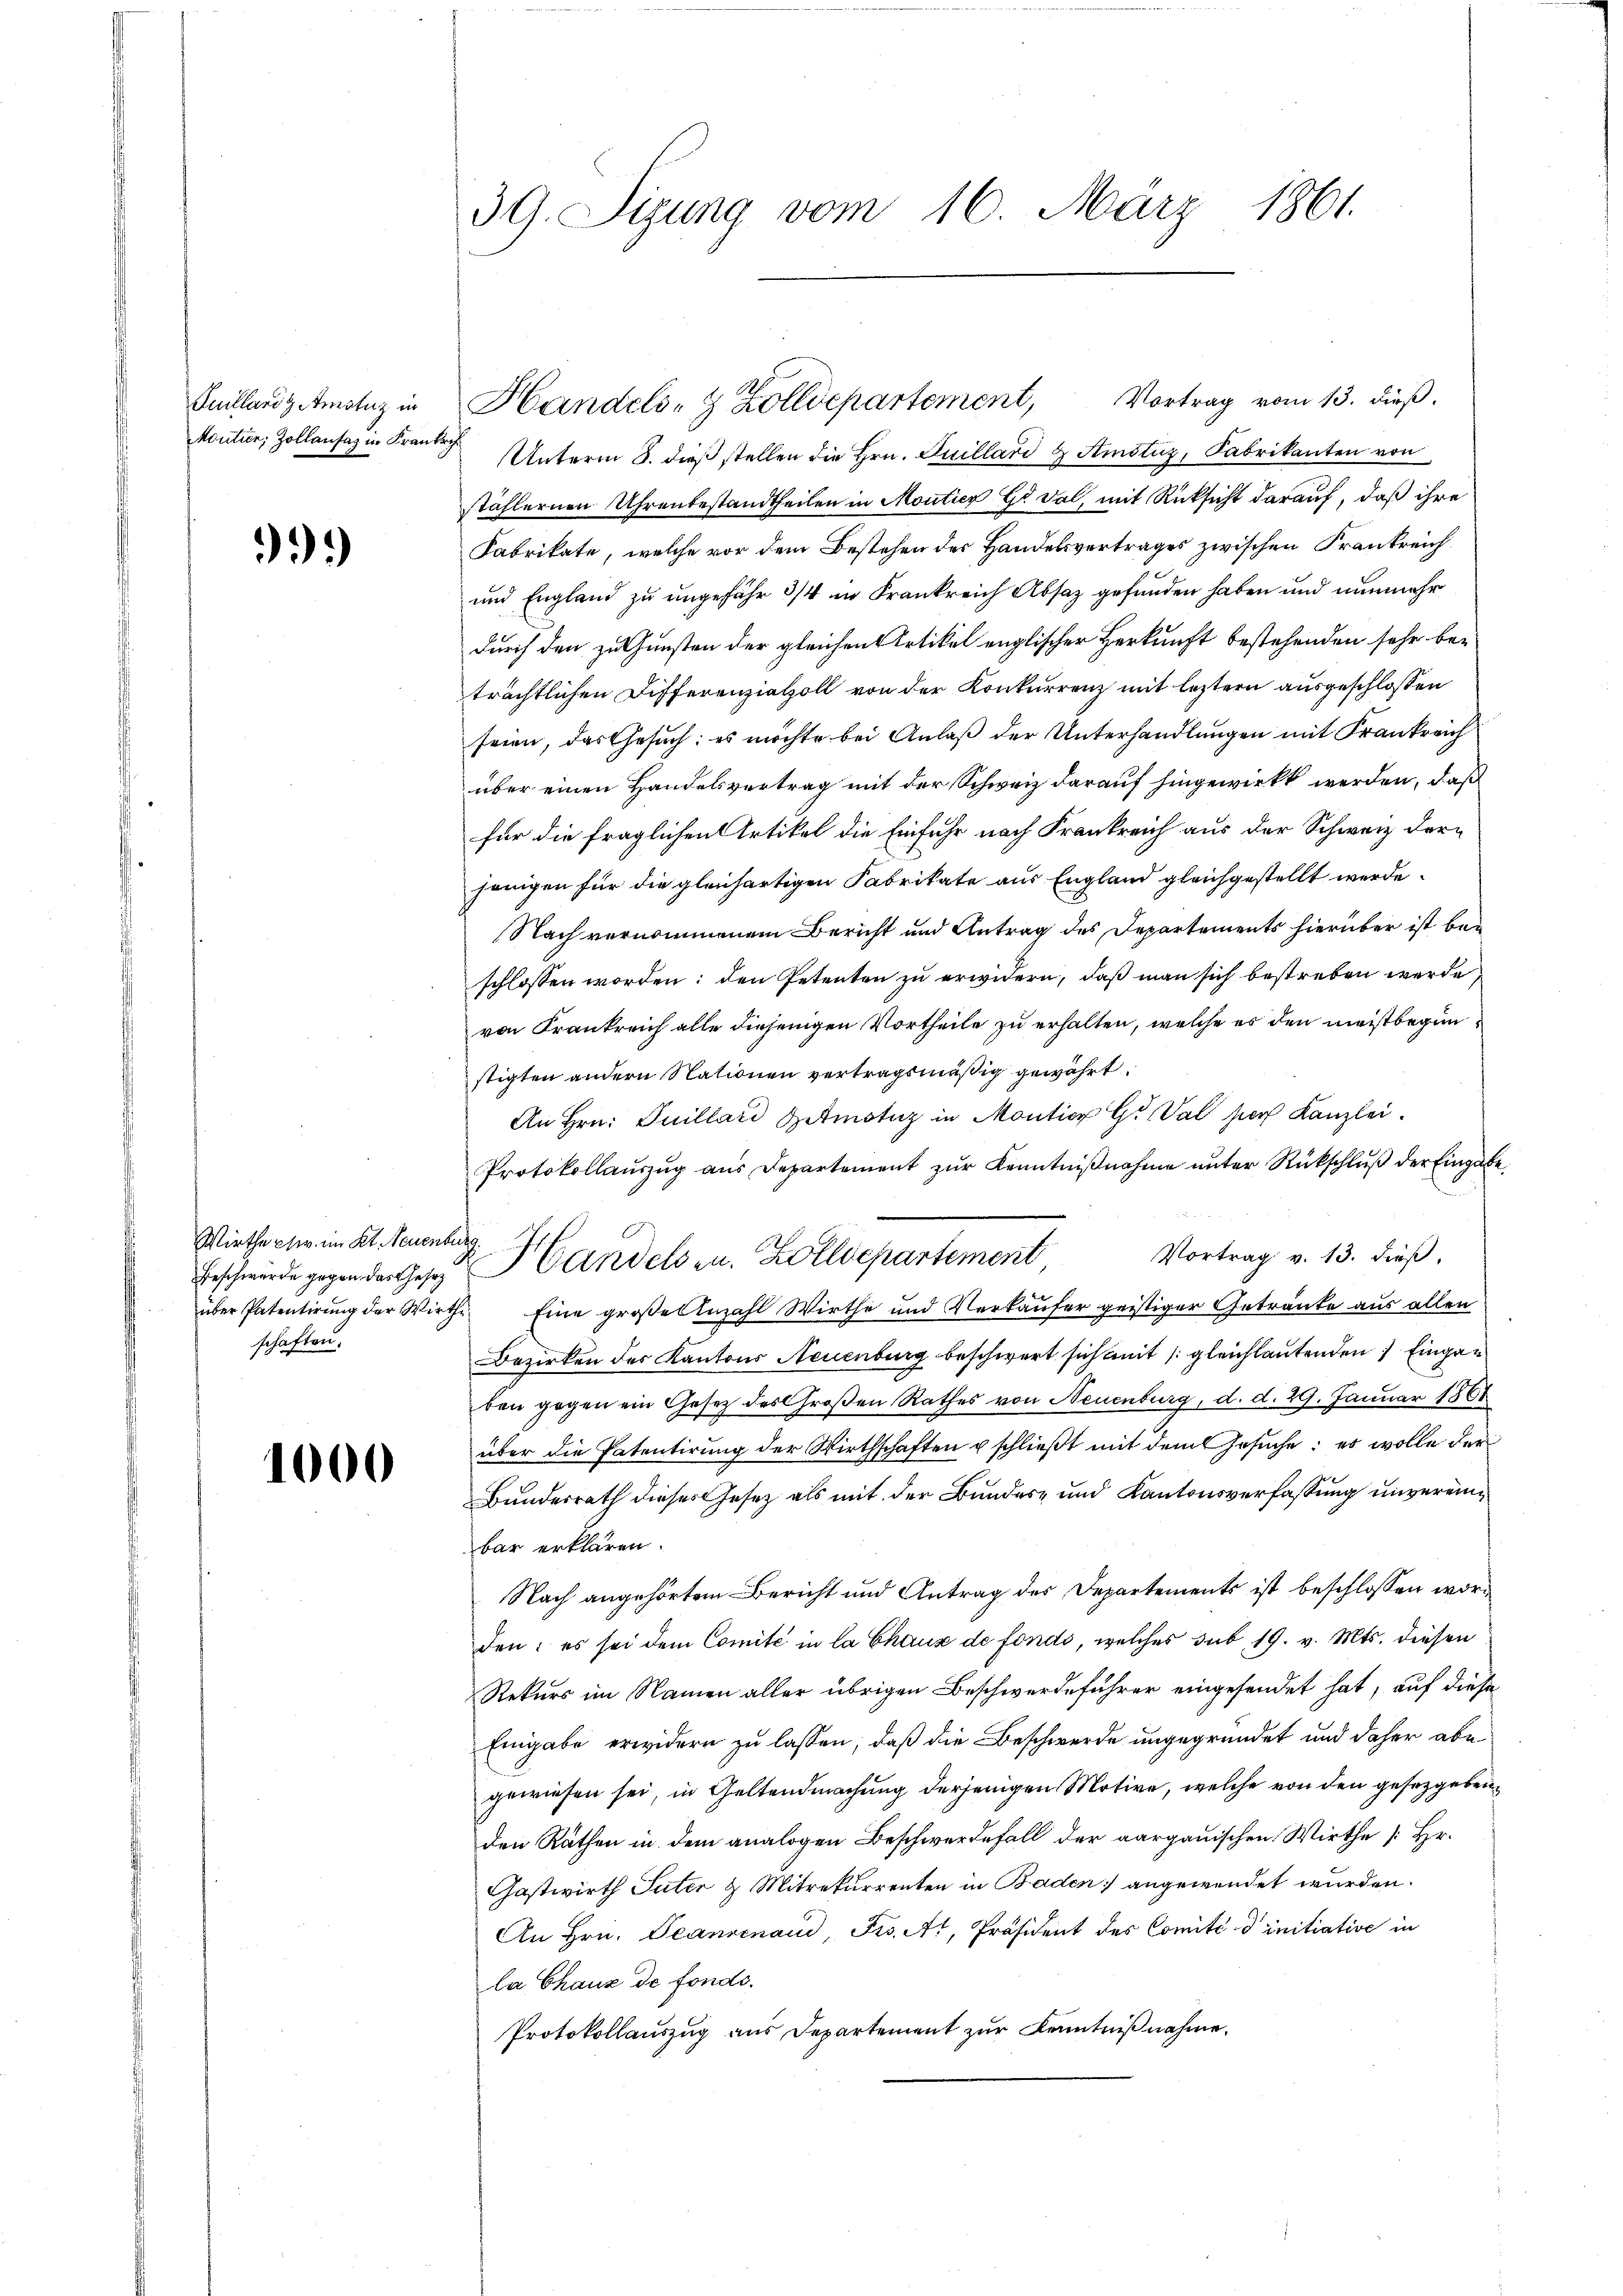
Suillard & Amstuz in

99)

Wirthe etw. im Kt. Neuenburg.
Beschwurde gegen das Gesetz
schaften.

1000

39. Sizung vom 16. März 1861.

Vortrag vom 13. dieß.
Aoutier, Zollantag in Frau Unterm 8. dieß stellen die Hrn. Guillard & Amstuz, Fabrikanton von
stählernen Uhrenbestandtheilen in Moutier Gr. Dal, mit Rücksicht darauf, daß ihre
Fabrikate, welche vor dem Bestehen der Handelsvertrages zwischen Frankreich
und England zu ungefähr 3/4 in Frankreich Absaz gefunden haben und nunmehr
durch den zu Gunsten der gleichen Artikel englischer Herkunft bestehenden sehr bei
trächtlichen Differenzialzoll von der Konkurrenz mit letztern ausgeschlossen
seien, das Gesuch: es möchte bei Anlaß der Unterhandlungen mit Frankreich
über einen Handelsvertrag mit der Schweiz darauf hingewirkt werden, daß
für die fraglichen Artikel die Einfuhr nach Frankreich aus der Schweiz derjenigen für die gleichartigen Fabrikate aus England gleichgestellt werde.
Nach vernommenem Bericht und Antrag des Departements hierüber ist beschlossen worden: den Petenten zu erwidern, daß man sich bestreben werde,
von Frankreich alle diejenigen Vortheile zu erhalten, welche es den meistbeginstigten andern Nationen vertragsmäßig gewährt.
An Hrn. Guillard Hetmotiz in Montion G. Val der Kanzlei.
Protokollaŭszŭg aŭs Departement zŭr Kenntniβnahme ŭnter Rückschlŭβ der Eingas
.
Vortrag v. 13. dieß,
Handelsen. Zolldepartement
über Patentirŭng der Wirthe Eine große Anzahl Wirthe und Verkäufer geistiger Getränke aus allen
Bezirken des Kantons Neuenburg beschwert sich mit gleichlautenden 1 Eingan
ben gegen ein Gesetz des Großen Rathes von Neuenburg, d. d. 29. Januar 1861
über die Patentirung der Wirthschaften u schließt mit dem Gesuche: es wolle der
Bundesrath dieses Gesetz als mit der Bundes- und Kantonsverfassung unvereinbar erklären.
Nach angehörtem Bericht und Antrag des Departements ist beschlossen worden; es sei dem Comité in la Chaus de fonds, welches sub 19. v. Mts. diesen
Rekurs im Namen aller übrigen Beschwerdeführer eingesendet hat, auf diese
Eingabe erwidern zu lassen, daß die Beschwerde ungegründet und daher abe
gewiesen sei, in Geltendmachung derjenigen Motive, welche von den gesetzgeben,
den Räthen in dem analogen Beschwerdefall der aargauischen Wirthe [Hr.
Gastwirth Suter & Mitrekurrenten in Baden angewendet wurden.
An Hrn. Peaninaud, Frs. Ar, Präsident des Comité dinitiative in
la Chaus de fondo.
Protokollauszug aus Departement zur Kenntnißnahme.

Handels- & Zolldepartement,